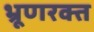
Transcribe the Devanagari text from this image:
भ्रूणरक्त